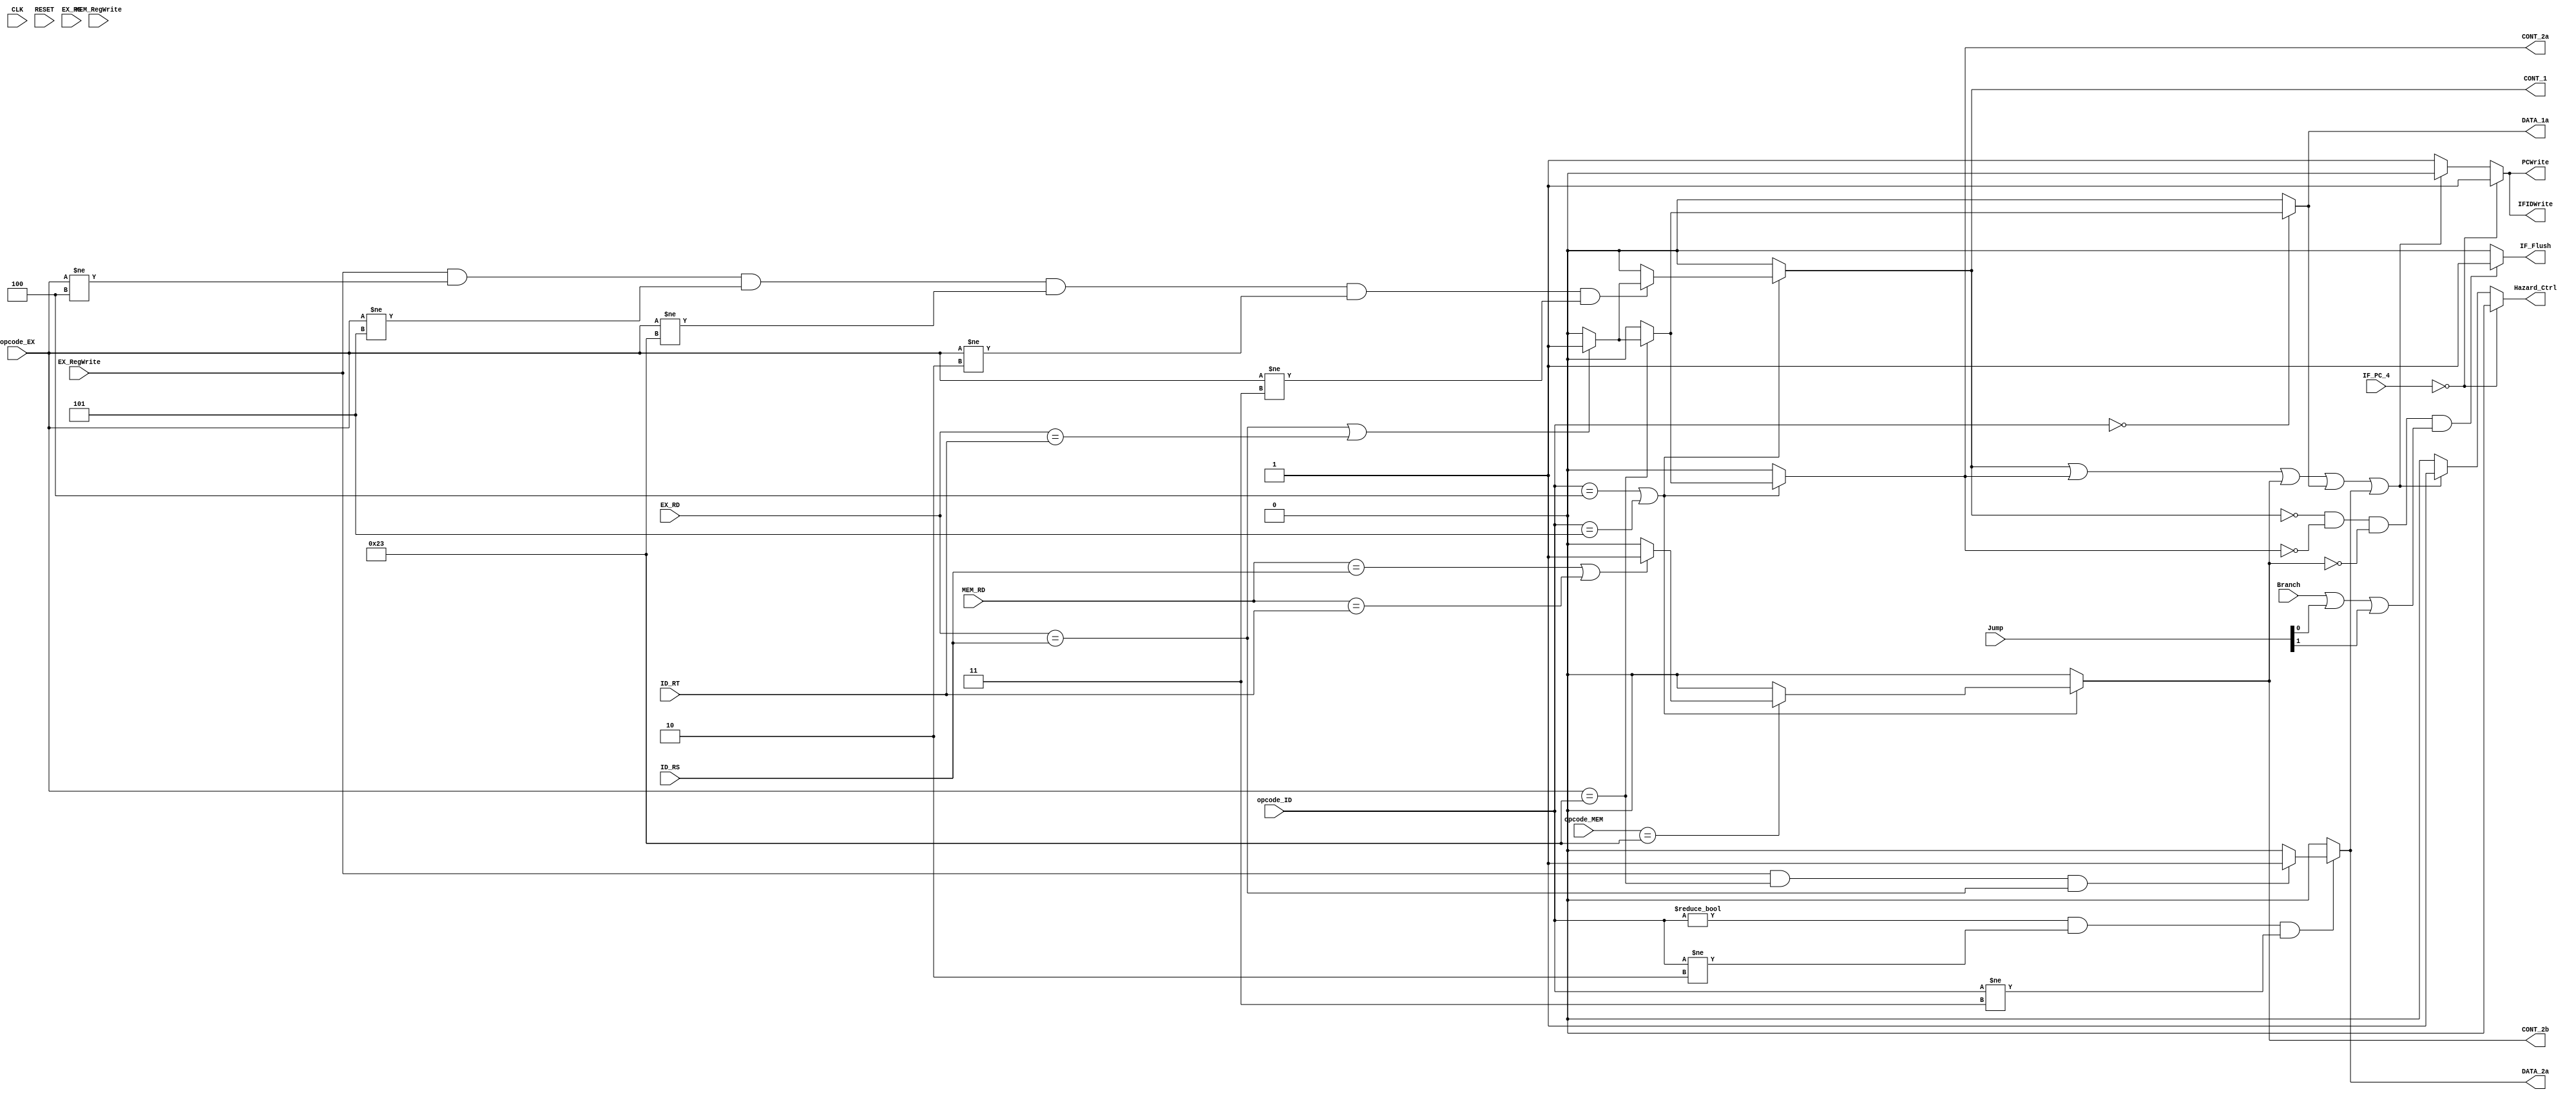
module Hazard_detection_unit(CLK, RESET, IF_PC_4,
opcode_ID, opcode_EX, opcode_MEM, EX_RegWrite,MEM_RegWrite,
ID_RS, ID_RT, EX_RS, EX_RD, MEM_RD,
Branch,Jump,PCWrite, IFIDWrite, IF_Flush, Hazard_Ctrl
,CONT_1, CONT_2a, CONT_2b, DATA_1a, DATA_2a );
//,Bub_CNT,Bub_CNT_1d, CONT_2a, CONT_2b);

/*
module Hazard_detection_unit(CLK, RESET, IF_PC_4,
opcode_ID, opcode_EX, opcode_MEM, EX_RegWrite,MEM_RegWrite,
ID_RS, ID_RT, EX_RS, EX_RD, MEM_RD,
Branch,Jump,PCWrite, IFIDWrite, IF_Flush, Hazard_Ctrl
,CONT_1, CONT_2a, CONT_2b, DATA_1a, DATA_1b, DATA_2a, DATA_2b
);
*/

	input CLK, RESET;
	input [31:0] IF_PC_4;
	input [5:0] opcode_ID, opcode_EX, opcode_MEM;
	input EX_RegWrite, MEM_RegWrite;
	input [4:0] ID_RS, ID_RT, EX_RS, EX_RD, MEM_RD;
	input Branch;
	input [1:0] Jump;
	output reg PCWrite, IFIDWrite, Hazard_Ctrl;
	output reg IF_Flush;

	//reg CONT_2a_1d, CONT_2a_2d;

	//output wire CONT_1, CONT_2a, CONT_2b, DATA_1a, DATA_1b, DATA_2a, DATA_2b;
	output wire CONT_1, CONT_2a, CONT_2b, DATA_1a, DATA_2a;
	wire FLUS;

	assign CONT_1 =  
	((opcode_ID == 6'b000100) ||  (opcode_ID == 6'b000101)) ? (
	((EX_RegWrite == 1'b1) && (opcode_EX != 6'b000100) && (opcode_EX != 6'b000101) && (opcode_EX != 6'b100011) && (opcode_EX != 6'b000010) && (opcode_EX != 6'b000011)) ? (
	 ((EX_RD == ID_RS) || (EX_RD == ID_RT)) ? 1'b1 : 1'b0 ) : 1'b0
	) : 1'b0;
				
	assign CONT_2a =  
	((opcode_ID == 6'b000100) ||  (opcode_ID == 6'b000101)) ? (
 	(opcode_EX == 6'b100011) ? (
	((EX_RD == ID_RS) || (EX_RD == ID_RT)) ? 1'b1: 1'b0 ) : 1'b0
	) : 1'b0 ;

	assign CONT_2b =  
	((opcode_ID == 6'b000100) ||  (opcode_ID == 6'b000101)) ? (
 	(opcode_MEM == 6'b100011) ? (
	((MEM_RD == ID_RS) || (MEM_RD == ID_RT)) ? 1'b1: 1'b0 ) : 1'b0
	) : 1'b0 ;


	assign DATA_1a = (opcode_ID == 6'b000000) ? (
 	(opcode_EX == 6'b100011) ? ( ((EX_RD == ID_RS) || (EX_RD == ID_RT)) ? 1'b1 : 1'b0 ) : 1'b0 
	) : 1'b0;

 	

	//assign DATA_1b = (opcode_ID == 6'b000000) ? (
 	//(opcode_MEM == 6'b100011) ? ( ((MEM_RD == ID_RS) || (MEM_RD == ID_RT)) ? 1'b1 : 1'b0 ) : 1'b0 
	//) : 1'b0;


	assign DATA_2a = ((opcode_ID != 6'b000000) && (opcode_ID != 6'b000010) && (opcode_ID != 6'b000011)) ? (
	((EX_RegWrite == 1'b1) && (opcode_EX == 6'b100011) && (EX_RD == ID_RS)) ? 1'b1 : 1'b0 ) : 1'b0 ;


	//assign DATA_2b = ((opcode_ID != 6'b000000) && (opcode_ID != 6'b000010) && (opcode_ID != 6'b000011)) ? (
	//((MEM_RegWrite == 1'b1) && (opcode_MEM == 6'b100011) && (MEM_RD == ID_RS)) ? 1'b1 : 1'b0 ) : 1'b0 ;

/*
	assign FLUS = (!CONT_1)&&(!CONT_2a)&&(!CONT_2b)&&(Branch || Jump[0] || Jump[1]);

	assign PCWrite = (IF_PC_4 == 32'd0) ? 1'b1 : ( 
	(CONT_1 || CONT_2a|| CONT_2b || DATA_1a || DATA_1b || DATA_2a || DATA_2b) ? 1'b0 : 1'b1 );

	assign IFIDWrite= (IF_PC_4 == 32'd0) ? 1'b1 : ( 
	(CONT_1 || CONT_2a|| CONT_2b || DATA_1a || DATA_1b || DATA_2a || DATA_2b) ? 1'b0 : 1'b1 );

	assign IF_Flush = FLUS ? 1'b1 : 1'b0 ;  //because of lw-lw

	assign Hazard_Ctrl= (IF_PC_4 == 32'd0) ? 1'b0 : (
	(CONT_1 || CONT_2a || CONT_2b || DATA_1a || DATA_1b || DATA_2a || DATA_2b) ? 1'b1 : 1'b0 );
*/
	assign FLUS = (!CONT_1)&&(!CONT_2a)&&(!CONT_2b)&&(Branch || Jump[0] || Jump[1]);

	assign PCWrite = (IF_PC_4 == 32'd0) ? 1'b1 : ( 
	(CONT_1 || CONT_2a||CONT_2b||DATA_1a || DATA_2a ) ? 1'b0 : 1'b1 );

	assign IFIDWrite= (IF_PC_4 == 32'd0) ? 1'b1 : ( 
	(CONT_1 || CONT_2a|| CONT_2b || DATA_1a || DATA_2a) ? 1'b0 : 1'b1 );

	assign IF_Flush = FLUS ? 1'b1 : 1'b0 ;  //because of lw-lw

	assign Hazard_Ctrl= (IF_PC_4 == 32'd0) ? 1'b0 : (
	(CONT_1 || CONT_2a || CONT_2b || DATA_1a || DATA_2a) ? 1'b1 : 1'b0 );



/*
	always@(*)
	begin
		if (RESET)begin 
		PCWrite <= 1'b1;
		IFIDWrite <= 1'b1;
		IF_Flush <= 1'b0;
		Hazard_Ctrl <= 1'b0;
		end

		else begin
		PCWrite <= PCWrite;
		IFIDWrite <= IFIDWrite;
		IF_Flush <= IF_Flush;
		Hazard_Ctrl <= Hazard_Ctrl;
		end
	end
*/

endmodule